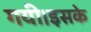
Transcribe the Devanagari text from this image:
गयी।इसके